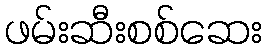
ဖမ်းဆီးစစ်ဆေး